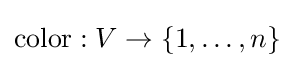
\mathrm {color} :V\to \{1,\dots ,n\}